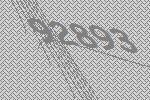
92893